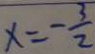
x = - \frac { 3 } { 2 }